Report on lock hospitals in British Burma
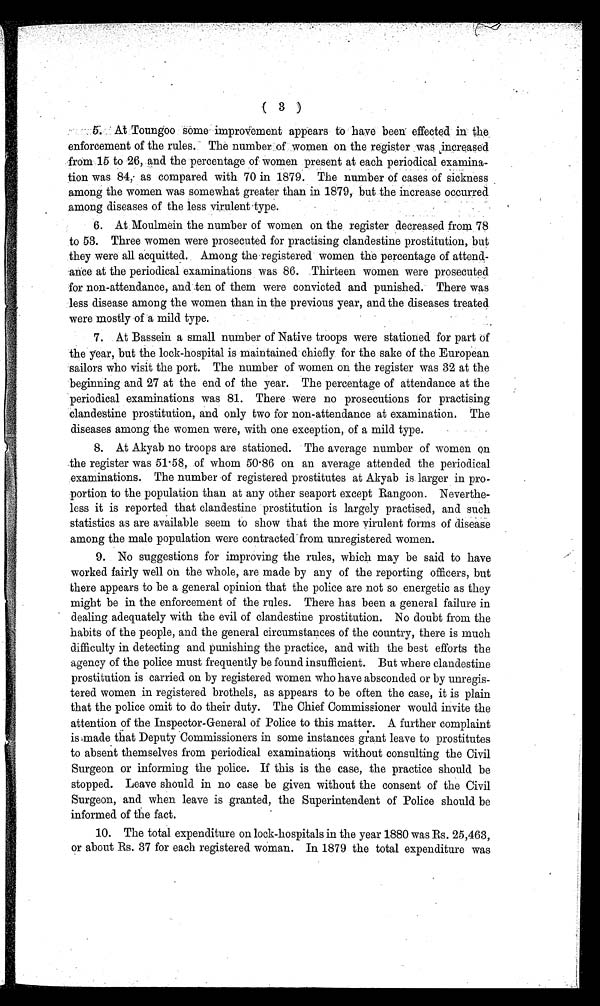
( 3 )
5. At
Toungoo some improvement appears to have been effected in. the
enforcement of the rules. The number of women on the register was increased
from 15 to 26, and the percentage of women present at each periodical examina-
tion was 84, as compared with 70 in 1879. The number of cases of sickness
among the women was somewhat greater than in 1879, but the increased occurred
among diseases of the less virulent type.
6. At Moulmein the number of women on the register decreased from 78
to 53. Three women were prosecuted for practising clandestine prostitution, but
they were all acquitted. Among the registered women the percentage of attend-
ance at the periodical examinations was 86. Thirteen women were prosecuted
for non-attendance, and ten of them were convicted and punished. There was
less disease among the women than in the previous year, and the diseases treated
were mostly of a mild type.
7. At Bassein a small number of Native troops were stationed for part of
the year, but the lock-hospital is maintained chiefly for the sake of the European
sailors who visit the port. The number of women on the register was 32 at the
beginning and 27 at the end of the year. The percentage of attendance at the
periodical examinations was 81. There were no prosecutions for practising
clandestine prostitution, and only two for non-attendance at examination. The
diseases among the women were, with one exception, of a mild type.
8. At Akyab no troops are stationed. The average number of women on
the register was 51.58, of whom 50.86 on an average attended the periodical
examinations. The number of registered prostitutes at Akyab is larger in pro-
portion to the population than at any other seaport except Rangoon. Neverthe-
less it is reported that clandestine prostitution is largely practised, and such
statistics as are available seem to show that the more virulent forms of disease
among the male population were contracted from unregistered women.
9. No suggestions for improving the rules, which may be said to have
worked fairly well on the whole, are made by any of the reporting officers, but
there appears to be a general opinion that the police are not so energetic as they
might be in the enforcement of the rules. There has been a general failure in
dealing adequately with the evil of clandestine prostitution. No doubt from the
habits of the people, and the general circumstances of the country, there is much
difficulty in detecting and punishing the practice, and with the best efforts the
agency of the police must frequently be found insufficient. But where clandestine
prostitution is carried on by registered women who have absconded or by unregis-
tered women in registered brothels, as appears to be often the case, it is plain
that the police omit to do their duty. The Chief Commissioner would invite the
attention of the Inspector-General of Police to this matter. A further complaint
is-made that Deputy Commissioners in some instances grant leave to prostitutes
to absent themselves from periodical examinations without consulting the Civil
Surgeon or informing the police. If this is the case, the practice should be
stopped. Leave should in no case be given without the consent of the Civil
Surgeon, and when leave is granted, the Superintendent of Police should be
informed of the fact.
10. The total expenditure on lock-hospitals in the year 1880 was Rs. 25,463,
or about Rs. 37 for each registered woman. In 1879 the total expenditure was